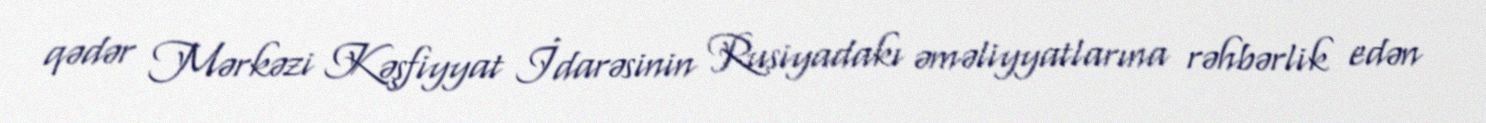
qədər Mərkəzi Kəşfiyyat İdarəsinin Rusiyadakı əməliyyatlarına rəhbərlik edən